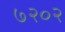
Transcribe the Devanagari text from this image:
७२०२